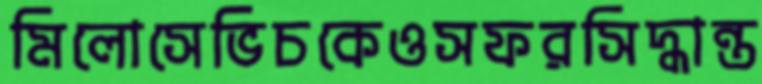
মিলোসেভিচকেওসফরসিদ্ধান্ত